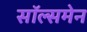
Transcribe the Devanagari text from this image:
सॉल्समेन